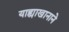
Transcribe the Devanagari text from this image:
याह्याखानाने